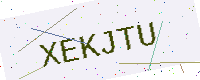
Text: XEKJTU